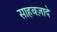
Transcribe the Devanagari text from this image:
साहबज़ादे